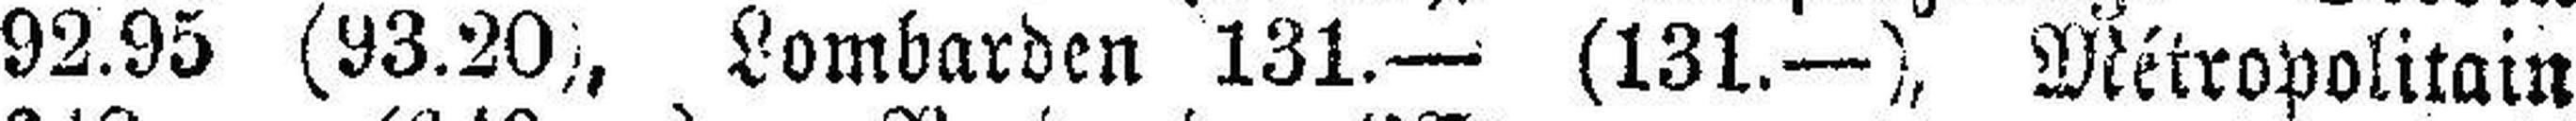
92.95 (93.20), Lombarden 131.—- (131.—), Métropolitain